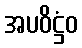
အပဝိဋ္ဌံဝ